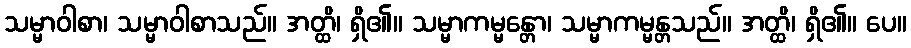
သမ္မာဝါစာ၊ သမ္မာဝါစာသည်။ အတ္ထိ၊ ရှိ၏။ သမ္မာကမ္မန္တော၊ သမ္မာကမ္မန္တသည်။ အတ္ထိ၊ ရှိ၏။ ပေ။